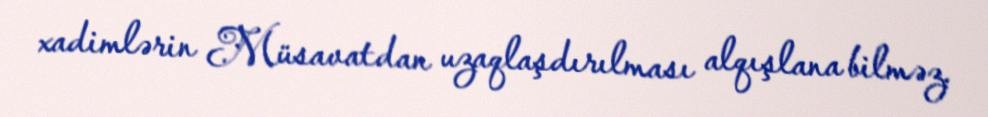
xadimlərin Müsavatdan uzaqlaşdırılması alqışlana bilməz.